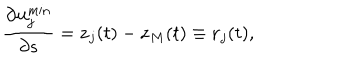
\frac { \partial { \bf u } _ { j } ^ { \min } } { \partial s } = { \bf z } _ { j } ( t ) - { \bf z } _ { M } ( t ) \equiv { \bf r } _ { j } ( t ) ,